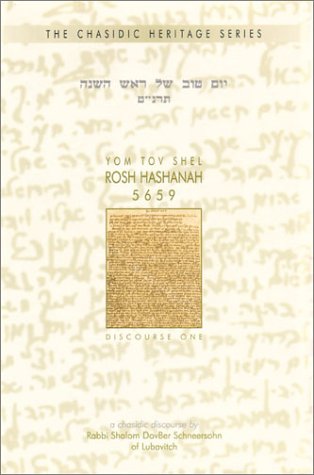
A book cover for Yom Tov Shel Rosh Hashanah 5659: A Chasidic Discourse by Rabbi Shalom DovBer Schneersohn of Chabad-Lubavitch (Chasidic Heritage); Shalom DovBer Schneersohn; Religion & Spirituality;